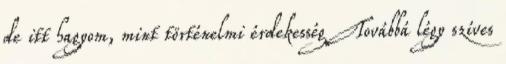
de itt hagyom, mint történelmi érdekesség Továbbá légy szíves